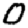
Digit: 0